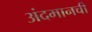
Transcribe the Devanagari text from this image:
अंदमानची